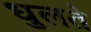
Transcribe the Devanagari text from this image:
धुलते